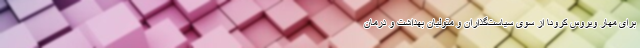
برای مهار ویروس کرونا از سوی سیاست‌گذاران و متولیان بهداشت و درمان